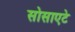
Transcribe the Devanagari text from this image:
सोसाएटे